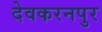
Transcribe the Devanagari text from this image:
देवकरनपुर